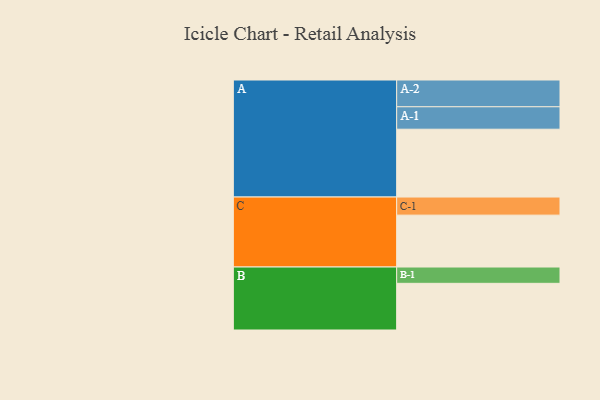
{"axis": {"x": "Segment", "y": "Value"}, "legend": ["", "A", "B", "C"], "data": [{"x": "A", "y": 532, "type": ""}, {"x": "B", "y": 366, "type": ""}, {"x": "C", "y": 407, "type": ""}, {"x": "A-1", "y": 176, "type": "A"}, {"x": "A-2", "y": 210, "type": "A"}, {"x": "B-1", "y": 128, "type": "B"}, {"x": "C-1", "y": 142, "type": "C"}]}